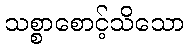
သစ္စာစောင့်သိသော